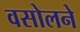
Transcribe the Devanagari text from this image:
वसोलने